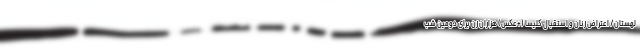
لهستان/ اعتراض زنان و استقبال کلیسا (+عکس) هزاران زن برای دومین شب